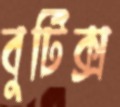
বুটিক্স